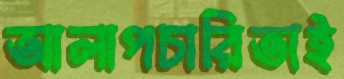
আলাপচারিতাই